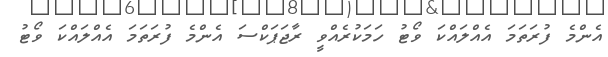
އެންމެ ފުރަތަމަ އެއްލައްކަ ވޯޓު ހަމަކުރެއްވީ ރާޖަޕަކްސަ އެންމެ ފުރަތަމަ އެއްލައްކަ ވޯޓު